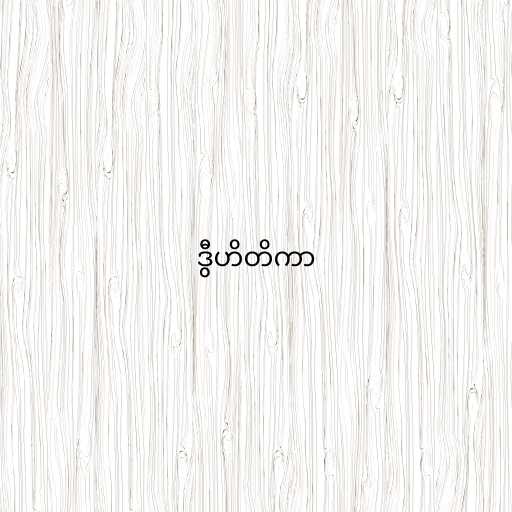
ဒွီဟိတိကာ